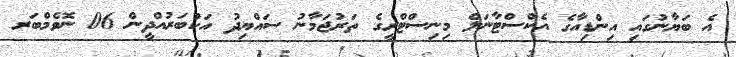
އެ ބަޔާނުގައި އިންޑިއާގެ އެކްސްޓާނަލް މިނިސްޓްރީގެ ތަރުޖަމާނު ސައްޔިދު އަކުބަރުއްދީން 06 ނޮވެމްބަރ